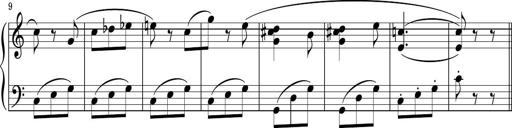
Title: Sonatina PandemÃ³nium
Composer: VÃ­ctor Carbajo
Key: C major